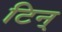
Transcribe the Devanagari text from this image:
टिन्